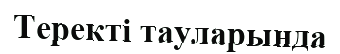
Теректі тауларында